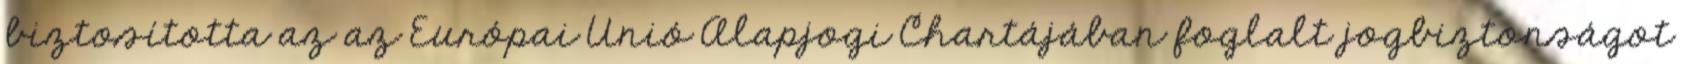
biztosította az az Európai Unió Alapjogi Chartájában foglalt jogbiztonságot